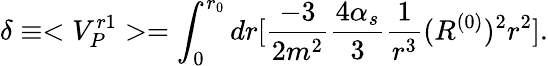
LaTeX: \delta\equiv<V_{P}^{r1}>=\int_{0}^{r_{0}}dr[{\frac{-3}{2m^{2}}}{\frac{4\alpha_{s}}{3}}{\frac{1}{r^{3}}}(R^{(0)})^{2}r^{2}].